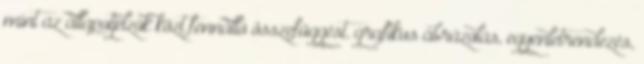
mint az állapotjelzők közt fennálló összefüggést. grafikus ábrázolás, egyenletrendezés,